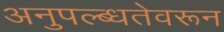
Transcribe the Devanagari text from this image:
अनुपल्ब्धतेवरून